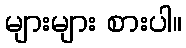
များများ စားပါ။